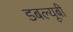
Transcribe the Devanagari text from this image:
डबल्यूबी